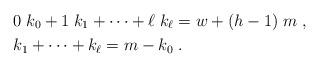
LaTeX: \begin{align*}& 0\; k_0 + 1\; k_1+ \cdots + \ell\; k_{\ell} = w + (h-1) \; m \;, \\& k_1 + \cdots + k_{\ell} = m - k_0 \;. \end{align*}